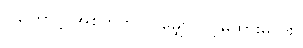
ဒါကြောင့် အစ်ကိုကလဲ မျှော်လင့်မထားမိဘူး။